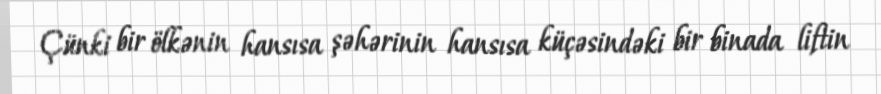
Çünki bir ölkənin hansısa şəhərinin hansısa küçəsindəki bir binada liftin